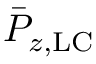
\bar { P } _ { z , \mathrm { L C } }